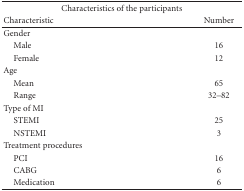
<table><thead><tr><td colspan="2"><b>Characteristics of the participants</b></td></tr><tr><td><b>Characteristic</b></td><td><b>Number</b></td></tr></thead><tbody><tr><td>Gender</td><td>[EMPTY_CELL]</td></tr><tr><td> Male</td><td>16</td></tr><tr><td> Female</td><td>12</td></tr><tr><td>Age</td><td>[EMPTY_CELL]</td></tr><tr><td> Mean</td><td>65</td></tr><tr><td> Range</td><td>32–82</td></tr><tr><td>Type of MI</td><td>[EMPTY_CELL]</td></tr><tr><td> STEMI</td><td>25</td></tr><tr><td> NSTEMI</td><td>3</td></tr><tr><td>Treatment procedures</td><td>[EMPTY_CELL]</td></tr><tr><td> PCI</td><td>16</td></tr><tr><td> CABG</td><td>6</td></tr><tr><td> Medication</td><td>6</td></tr></tbody></table>